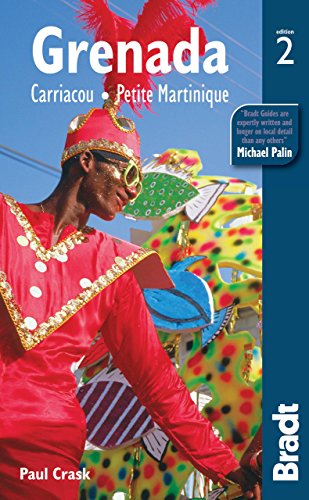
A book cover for Grenada (Bradt Travel Guide); Paul Crask; Travel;